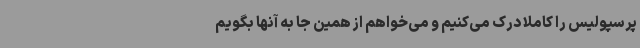
پرسپولیس را کاملا درک می‌کنیم و می‌خواهم از همین‌ جا به آنها بگویم